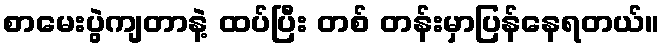
စာမေးပွဲကျတာနဲ့ ထပ်ပြီး တစ် တန်းမှာပြန်နေရတယ်။